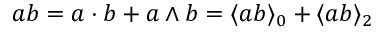
a b = a \cdot b + a \wedge b = \langle a b \rangle _ { 0 } + \langle a b \rangle _ { 2 }